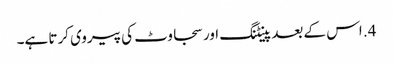
4. اس کے بعد پینٹنگ اور سجاوٹ کی پیروی کرتا ہے۔